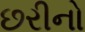
છરીનો